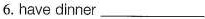
6. have dinner ___